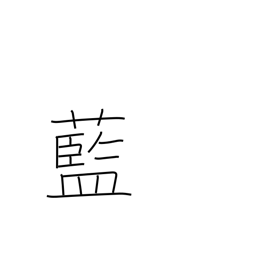
Meaning: indigo